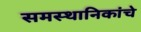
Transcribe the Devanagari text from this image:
समस्थानिकांचे